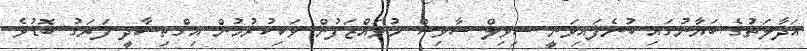
އަދާލަތުގެ ބަޔާނުގައި ބުނެފައިވަނީ ސިވިލް ސާވިސް މުވައްޒަފުން ވަކިކުރުމުން އިގްތިސާދީ ފަރަގު ބޮޑުވެ